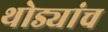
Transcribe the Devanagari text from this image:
थोड्यांच